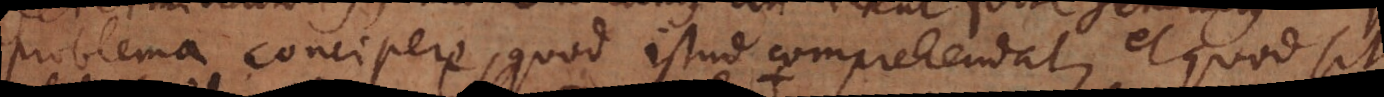
problema concipere, quod istud comprehendat, et quod sit